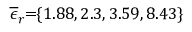
\! \! \! \! \! \! \! \! \! \! \! \! \! \! \! \! \! \! \overline { { \epsilon } } _ { r } \! \! = \! \! \{ 1 . 8 8 , 2 . 3 , 3 . 5 9 , 8 . 4 3 \} \! \! \!